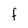
Character: F